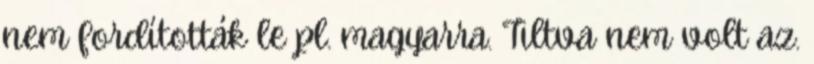
nem fordították le pl. magyarra. Tiltva nem volt az.